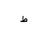
Letter: _da